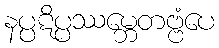
နပ္ပဋိပ္ပဿမ္ဘေတဗ္ဗံပေ